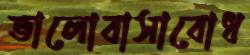
ভালোবাসাবোধ